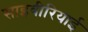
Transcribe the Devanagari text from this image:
साइबीरियाई